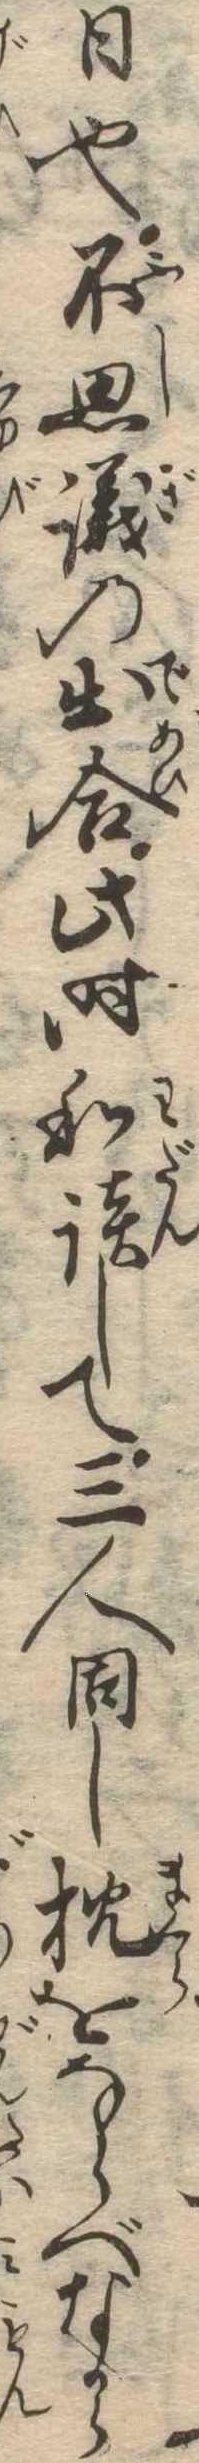
日也不思議の出合此時和談して三人同し枕をならべなから